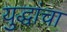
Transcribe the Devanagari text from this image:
युद्धांचा